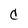
Character: C